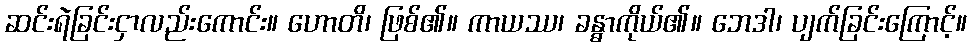
ဆင်းရဲခြင်းငှာလည်းကောင်း။ ဟောတိ၊ ဖြစ်၏။ ကာယဿ၊ ခန္ဓာကိုယ်၏။ ဘေဒါ၊ ပျက်ခြင်းကြောင့်။